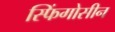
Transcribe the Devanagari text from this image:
स्फिंगोसीन